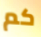
كم